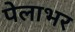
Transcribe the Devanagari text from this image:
पेलाभर